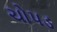
ચોપડ